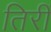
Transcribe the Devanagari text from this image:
तिरीं